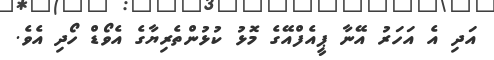
އަދި އެ އަހަރު އޭނާ ޕީއެފްއޭގެ މޮޅު ކުޅުންތެރިޔާގެ އެވޯޑް ހޯދި އެވެ.